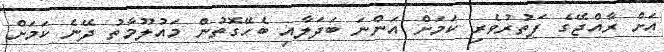
އަށް ރާއްޖޭގެ ފަތުރުވެރި ކަމަށް އަންނަ ބަދަލާއި ބެހޭގޮތުން މައުލޫމާތު ދޭނެ ކަމަށް